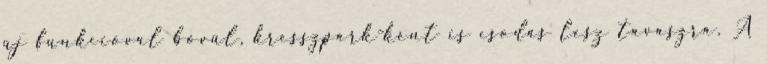
új funkcióval bővül, kresszpark-ként is csodás lesz tavaszra. A